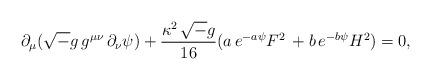
LaTeX: \begin{align*}\partial_{\mu} ({\sqrt -g}\, g^{\mu \nu}\, \partial_{\nu} \psi)+{\kappa^{2}\, {\sqrt -g} \over 16} (a\,e^{-a \psi} F^2\,+ b\,e^{-b \psi} H^2)=0, \end{align*}